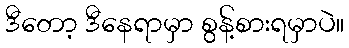
ဒီတော့ ဒီနေရာမှာ စွန့်စားရမှာပဲ။